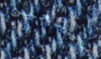
سيتعين